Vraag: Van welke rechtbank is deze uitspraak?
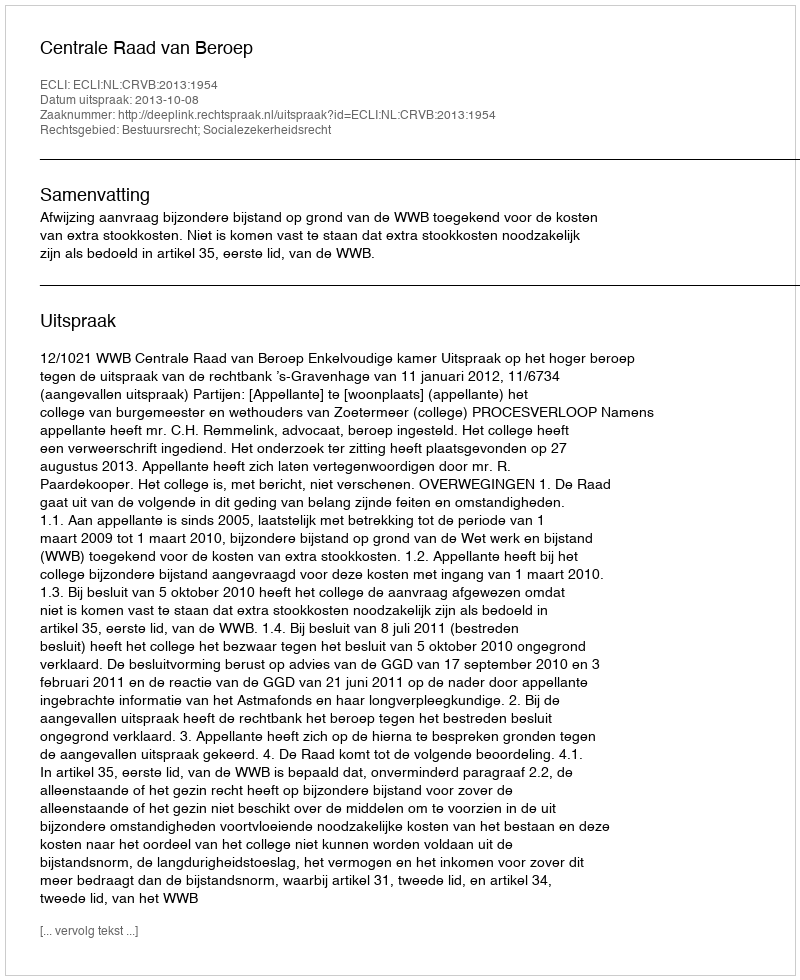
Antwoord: Centrale Raad van Beroep